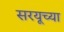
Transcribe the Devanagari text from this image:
सरयूच्या